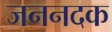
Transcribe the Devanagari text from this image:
जननदक